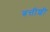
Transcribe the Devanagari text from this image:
बत्तीशी